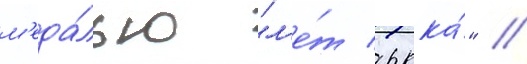
м'еда́лью "л'е́т ркка́" //